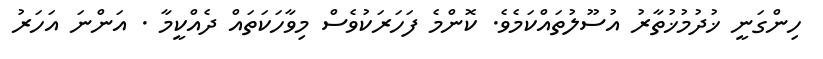
ހިންގަނީ ޚުދުމުޚުތާރު އުސޫލުތައްކަމެވެ. ކޮންމެ ފަހަރަކުވެސް މިވާހަކަތައް ދެއްކީމާ . އަންނަ އަހަރު